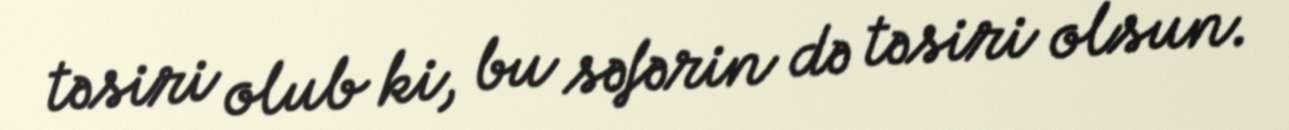
təsiri olub ki, bu səfərin də təsiri olsun.